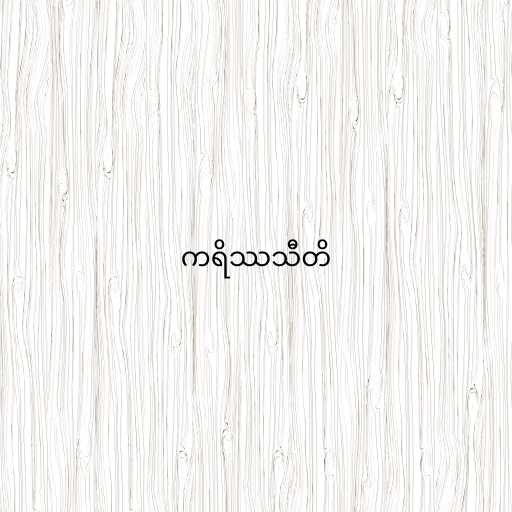
ကရိဿသီတိ